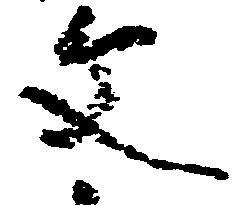
文